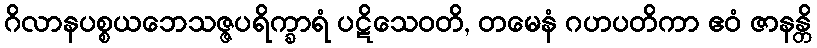
ဂိလာနပစ္စယဘေသဇ္ဇပရိက္ခာရံ ပဋိသေဝတိ, တမေနံ ဂဟပတိကာ ဧဝံ ဇာနန္တိ